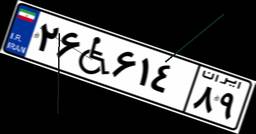
۲۶W۶۱۴۸۹